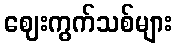
ဈေးကွက်သစ်များ